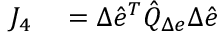
\begin{array} { r l } { J _ { 4 } } & { { } = \Delta \hat { e } ^ { T } \hat { Q } _ { \Delta e } \Delta \hat { e } } \end{array}